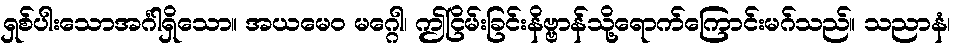
ရှစ်ပါးသောအင်္ဂါရှိသော။ အယမေဝ မဂ္ဂေါ၊ ဤငြိမ်းခြင်းနိဗ္ဗာန်သို့ရောက်ကြောင်းမဂ်သည်။ သညာနံ၊